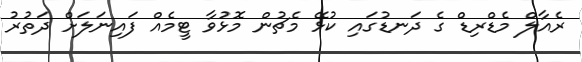
ރެއާލް މެޑްރިޑް ގެ ދަނޑުގައި ކުޅޭ މެޗުން މޮޅުވާ ޓީމެއް ފައިނަލަށް ދަތުރު